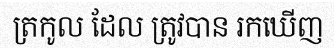
ត្រកូល ដែល ត្រូវបាន រកឃើញ